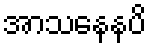
အာသနေနပိ